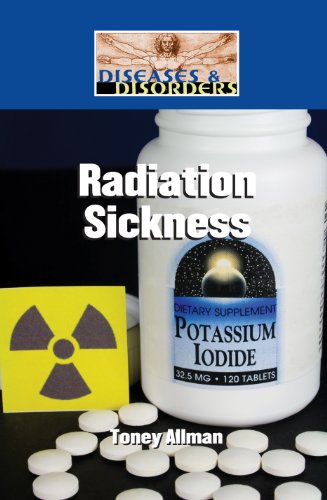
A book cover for Radiation Sickness (Diseases and Disorders); Toney Allman; Teen & Young Adult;